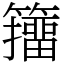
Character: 籒